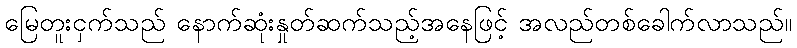
မြေတူးငှက်သည် နောက်ဆုံးနှုတ်ဆက်သည့်အနေဖြင့် အလည်တစ်ခေါက်လာသည်။